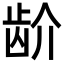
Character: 𬹼